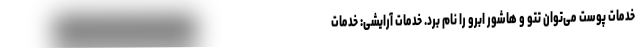
خدمات پوست می‌توان تتو و هاشور ابرو را نام برد. خدمات آرایشی: خدمات